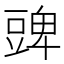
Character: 豍